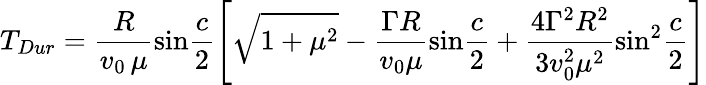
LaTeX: T_{Dur}={\frac{R}{v_{0}\, \mu}}\mathrm{sin}{\frac{c}{2}}\Bigg[\sqrt{1+\mu^{2}}-{\frac{\Gamma R}{v_{0}\mu}}\mathrm{sin}{\frac{c}{2}}+{\frac{4\Gamma^{2}R^{2}}{3v_{0}^{2}\mu^{2}}}\mathrm{sin}^{2}{\frac{c}{2}}\Bigg]